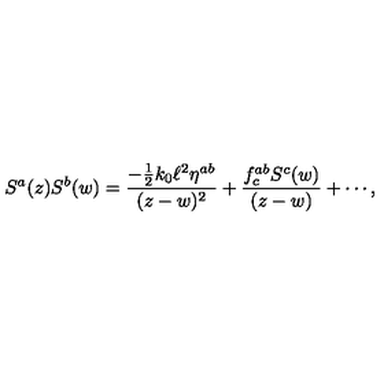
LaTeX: S ^ { a } ( z ) S ^ { b } ( w ) = \frac { - \frac { 1 } { 2 } k _ { 0 } \ell ^ { 2 } \eta ^ { a b } } { ( z - w ) ^ { 2 } } + \frac { f _ { c } ^ { a b } S ^ { c } ( w ) } { ( z - w ) } + \cdots ,